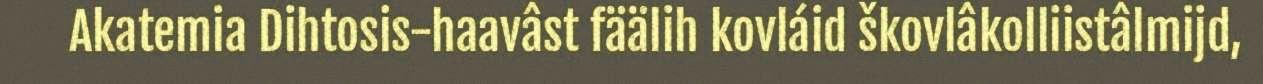
Akatemia Dihtosis-haavâst fäälih kovláid škovlâkolliistâlmijd,